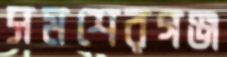
সমশেরগঞ্জ